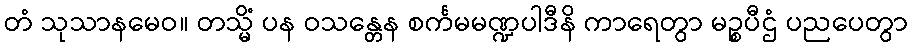
တံ သုသာနမေဝ။ တသ္မိံ ပန ဝသန္တေန စင်္ကမမဏ္ဍပါဒီနိ ကာရေတွာ မဉ္စပီဌံ ပညပေတွာ